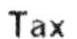
TAX